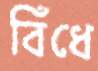
বিঁধে